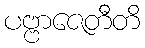
ပဗ္ဗာဇေတီတိ